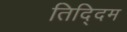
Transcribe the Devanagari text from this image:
तिद्दिम